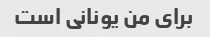
برای من یونانی است